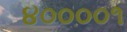
૪૦૦૦૦૧